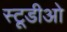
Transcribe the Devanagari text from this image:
स्टूडीओ